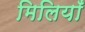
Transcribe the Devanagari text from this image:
मिलियाँ